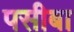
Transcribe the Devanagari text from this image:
पसीबा